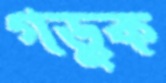
গড়ুক